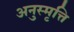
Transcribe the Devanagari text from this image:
अनुस्मृत्ति